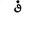
Letter: _fa